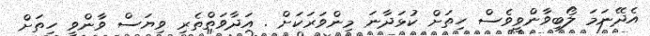
އެދޭނަމަ ލޯބިވާންވީވެސް ހިތަށް ކުޅަދާނަ މިންވަރަކަށް . އަދާވަތްތެރި ވިޔަސް ވާންވީ ހިތަށް